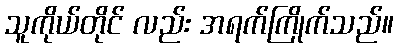
သူကိုယ်တိုင် လည်း အရက်ကြိုက်သည်။